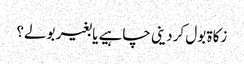
زکاۃ بول کر دینی چاہیے یا بغیر بولے؟